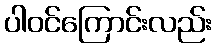
ပါဝင်ကြောင်းလည်း